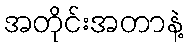
အတိုင်းအတာနဲ့